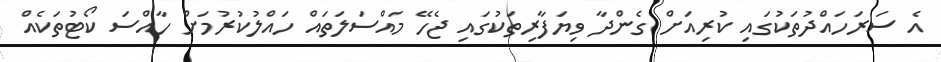
އެ ސަރަހައްދުތަކުގައި ކުރިއަށް ގެންދާ ވިޔަފާރިތަކުގައި ޖެހޭ މައްސަލަތައް ހައްލުކުރުމަށް ހާއްސަ ކޯޓުތަކެއް